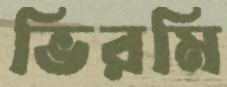
ভিরমি